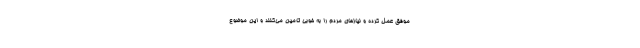
موفق عمل کرده و نیازهای مردم را به خوبی تامین می‌کنند و این موضوع